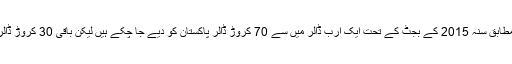
پینٹاگون کے ترجمان کے مطابق سنہ 2015 کے بجٹ کے تحت ایک ارب ڈالر میں سے 70 کروڑ ڈالر پاکستان کو دیے جا چکے ہیں لیکن باقی 30 کروڑ ڈالر اب دستیاب نہیں ہوں گے۔